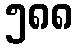
၅၈၈